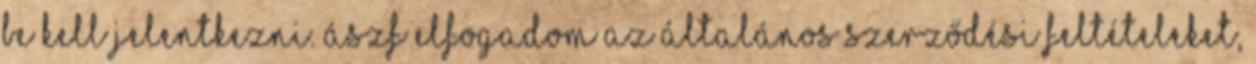
be kell jelentkezni. ÁSZF Elfogadom az Általános Szerződési feltételeket,